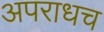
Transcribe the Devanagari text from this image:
अपराधच